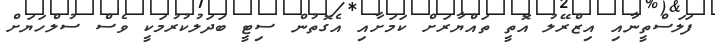
ފަލަސްތީނާއި އިޒްރޭލު އޮތީ ތައްޔާރަށް ކަމަށާއި އެގޮތުން ސިޓީ ބަދަލުކުރުމަކީ ވެސް ސުލްހަޔަށް